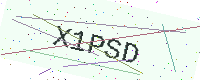
Text: X1PSD